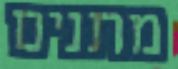
מתנים